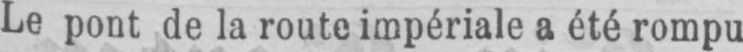
Le pont de la route impériale a été rompu